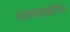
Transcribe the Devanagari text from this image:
याच्याखेरीज